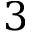
3